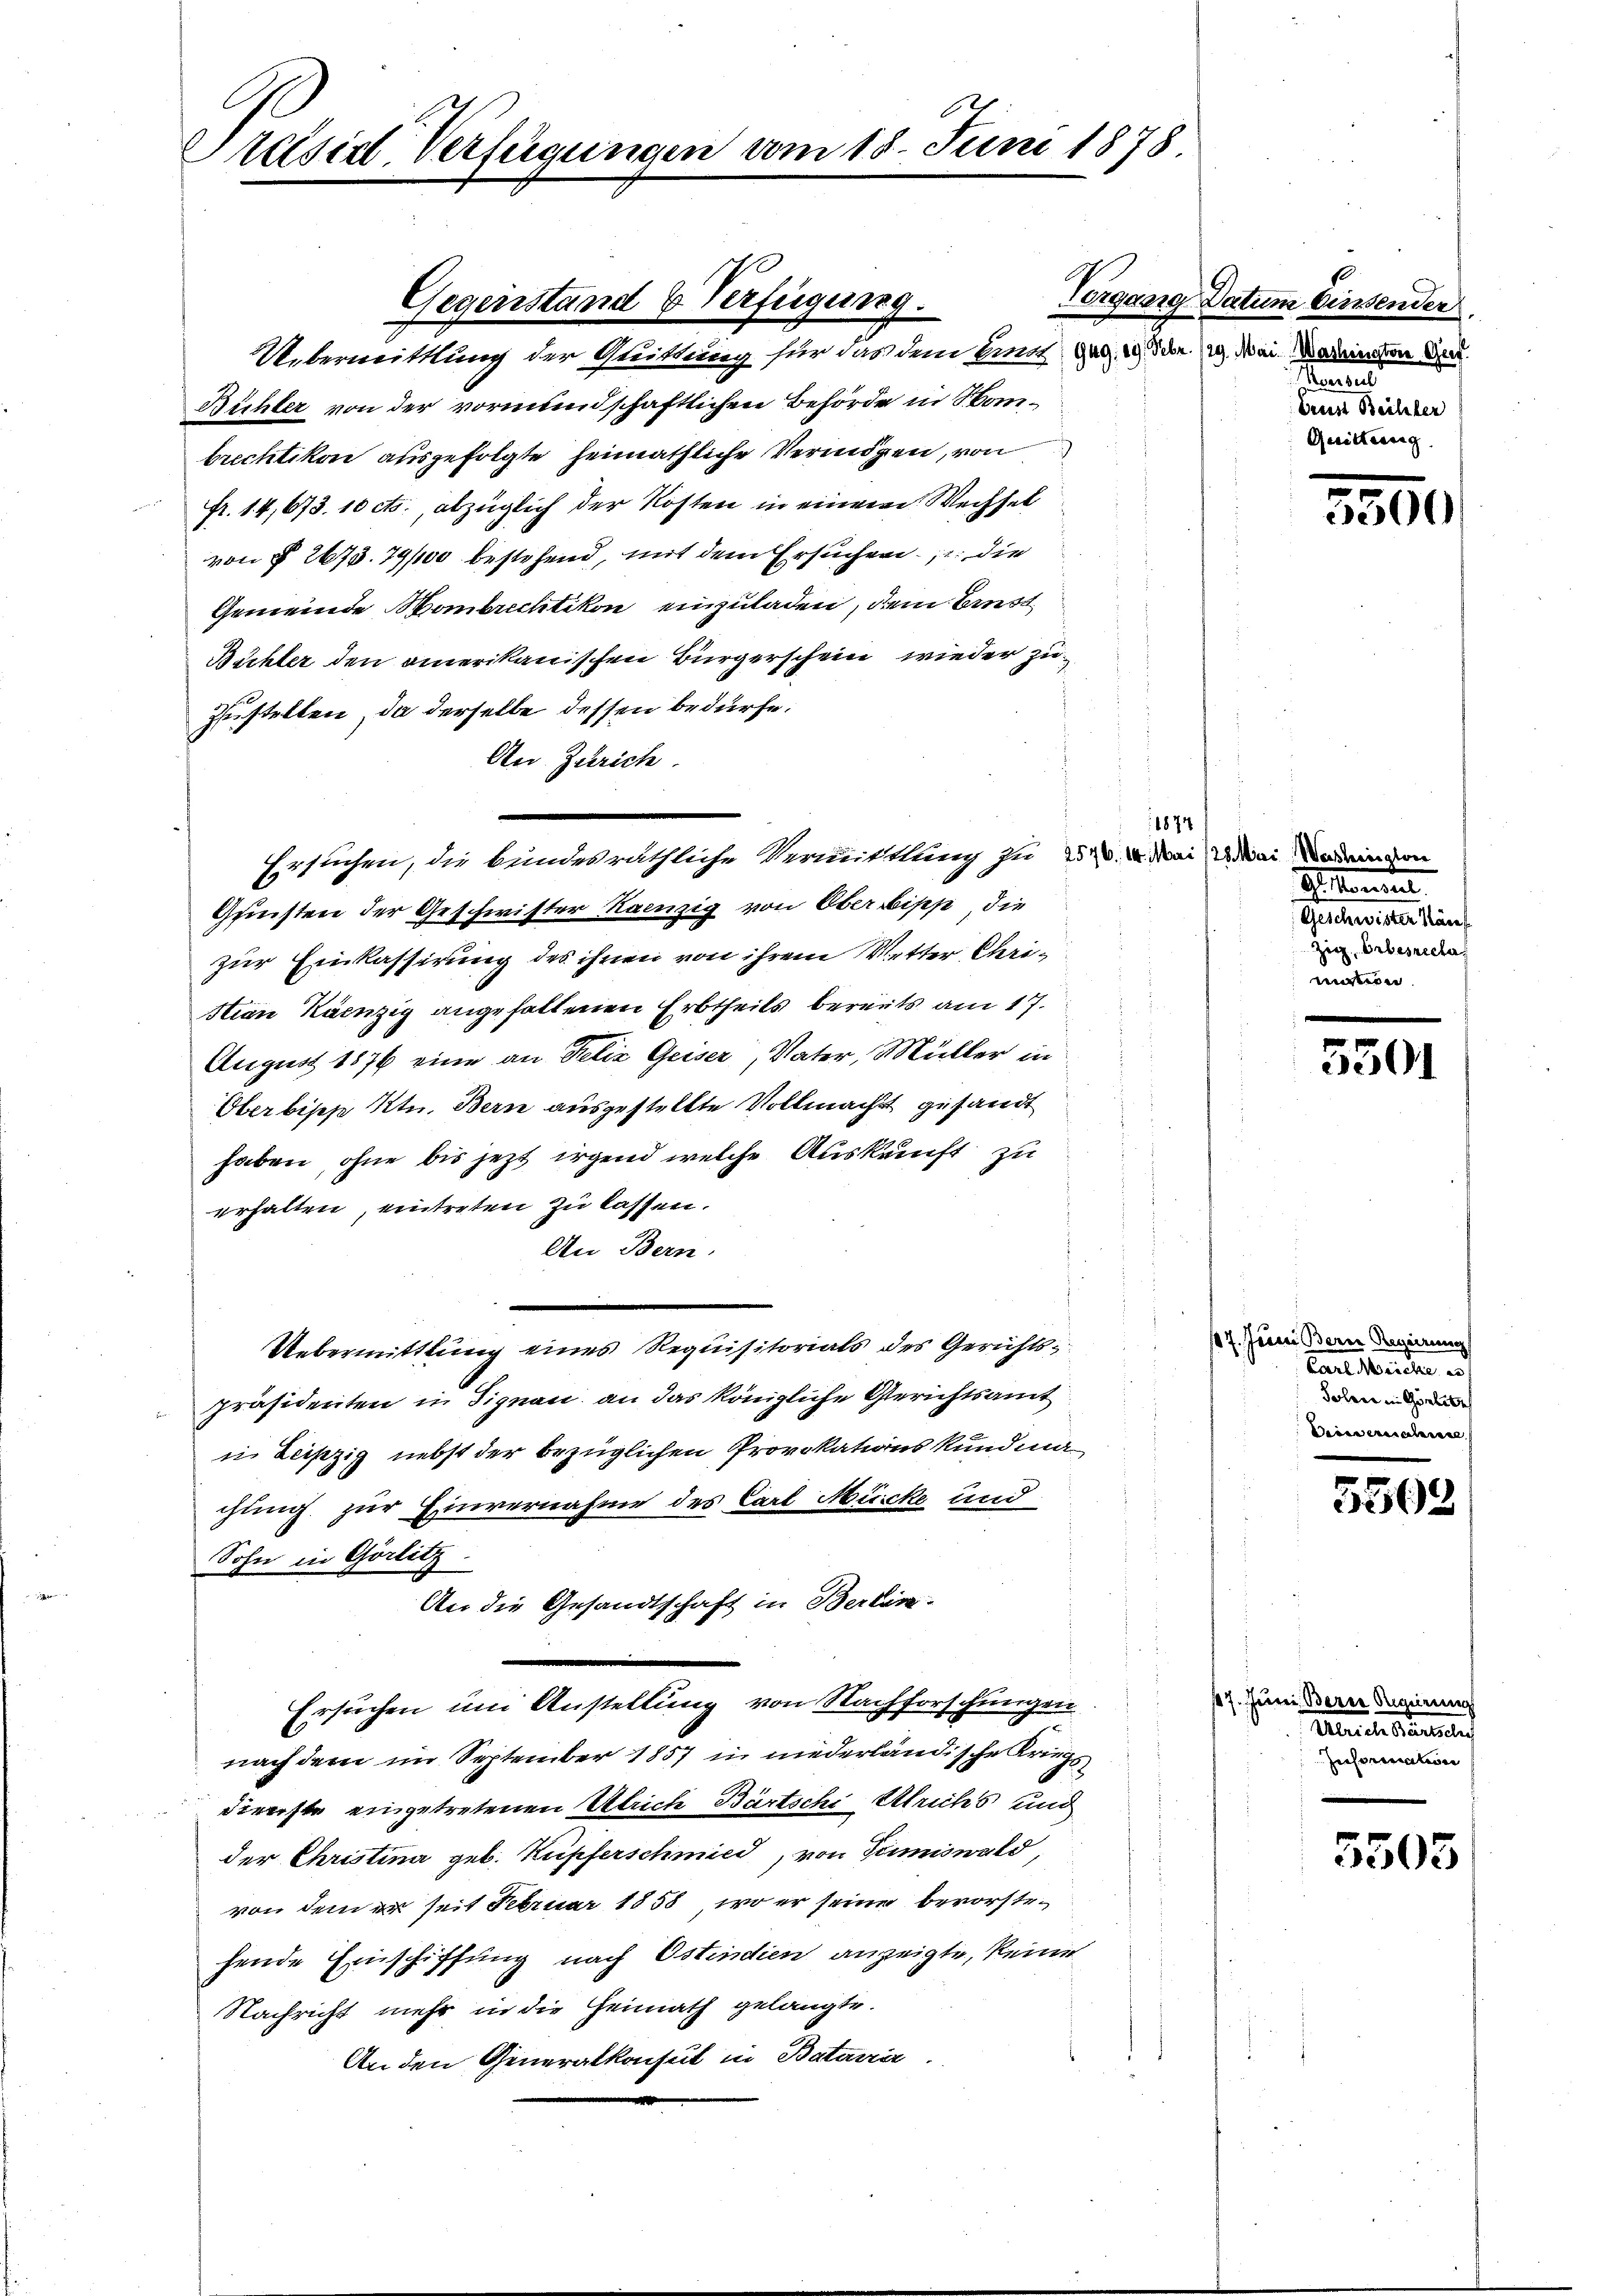
E
Präsial-Verfügungen vom 15. Juni 1878

Uebermittlung der Quittung für das dem Einst de
Bühler von der vormundschaftlichen Behörde in Honbrechtikon ausgefolgte heimathliche Vermögen, von
fr. 14,673. 10 cts. abzüglich der Kosten in einem Wechset
von § 2673. 79/100 bestehend, mit dem Ersuchen, die
Gemeinde Hombrechtikon einzuladen, dem Einst¬
Bächler den amerikanischen Bürgerschein wieder zu¬
Zustellen, da derselbe dessen bedürfe.
An Zürich.
Gunsten der Geschwister Rainzig von Oberbipp, die
zur Einkassirung des ihnen von ihrem Metter, Christian Kainzig angehaltenen Erbtheils bereits am 17.
August 1876 eine an Felix Geiser, Vater, Müller in
Oberbische Ktn. Bern ausgestellte Vollmacht gesandt
haben, ohne bis jezt irgend welche Auskunft zu
erhalten, eintreten zu lassen.
An Bern.
Uebermittlung eines Requisitorials des Gerichts-
Präsidenten in Signau an das königliche Gerichtsamt
i. Leipzig nebst der bezüglichen Provokations Kundmachung zur Einvernahme des Carl Mücke und
Sohn in Görlitz.
An die Gesandtschaft in Berlin-
Ersuchen um Anstellung von Nachforschungen
nach dem im September 1857 in niederländische Kriegs
dienste eingetretenen Ulrich Bartschi Ulrichs und
der Christina geb. Kupferschmied, von Summiswald,
von dem er seit Februar 1858, wo er seine bevorstehende Einschiffung nach Ostindien anzeigte, keiner
Nachricht mehr in die Heimath gelangte.
An den Generalkonsul in Bataria.

ergang
Gegenstand & Verfügung.

1874
Ersuchen, die bundesräthliche Vermittlung zu 25. v. Mai, Wini, und ein von

10
Datum diessender
29. Mai Washington Gref.
Haus
Prust Beihter
Quitteinig

S. Mannen.
Geschwister Käuf
Zig, Erbesrecha
manen

2500

5301

17. Junii Bern Regierung
Carlsberiche auf
Solare in Görlibe
Dieserischeine

5503

17. Juni Bern Regierung
Uebricastenseler
Inseremation

5503